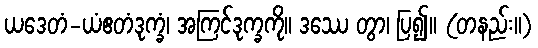
ယဒေတံ-ယံဧတံဒုက္ခံ၊ အကြင်ဒုက္ခကို။ ဒဿေ တွာ၊ ပြ၍။ (တနည်း။)